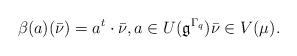
LaTeX: \begin{align*}\beta(a)(\bar{\nu})=a^{t}\cdot \bar{\nu}, a\in U(\mathfrak{g}^{\Gamma_q} )\bar{\nu}\in V(\mu).\end{align*}